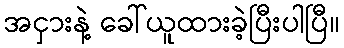
အငှားနဲ့ ခေါ်ယူထားခဲ့ပြီးပါပြီ။